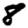
Digit: 8